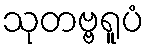
သုတဗ္ဗရူပံ